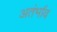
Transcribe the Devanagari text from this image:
अतंर्भाव